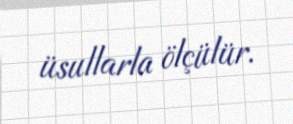
üsullarla ölçülür.